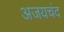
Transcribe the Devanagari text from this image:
अजयचंद